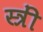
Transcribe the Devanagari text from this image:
स्त्रीं